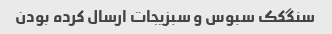
سنگکک سبوس و سبزیجات ارسال کرده بودن